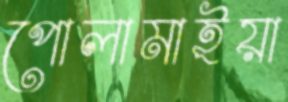
পোলামাইয়া